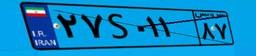
۶۱S۲۶۳۶۹